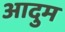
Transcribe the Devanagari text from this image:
आदुम